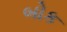
બોક